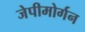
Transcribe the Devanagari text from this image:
जेपीमोर्गन